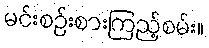
မင်းစဉ်းစားကြည့်စမ်း။